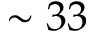
\sim 3 3